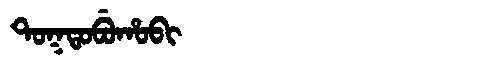
Manchu: ᡨᠣᡴᡨᠣᠪᡠᡥᠣᠪᡳ
Romanization: TOKTOBUHOBI